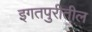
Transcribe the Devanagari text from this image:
इगतपुरीतील